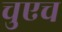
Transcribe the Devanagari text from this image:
चुएच